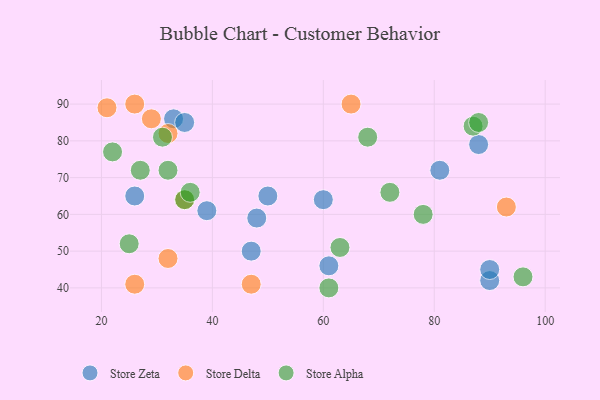
{"axis": {"x": "GDP", "y": "Life Expectancy"}, "legend": ["Store Alpha", "Store Delta", "Store Zeta"], "data": [{"x": "81", "y": 72, "type": "Store Zeta"}, {"x": "39", "y": 61, "type": "Store Zeta"}, {"x": "47", "y": 50, "type": "Store Zeta"}, {"x": "33", "y": 86, "type": "Store Zeta"}, {"x": "88", "y": 79, "type": "Store Zeta"}, {"x": "61", "y": 46, "type": "Store Zeta"}, {"x": "35", "y": 85, "type": "Store Zeta"}, {"x": "60", "y": 64, "type": "Store Zeta"}, {"x": "90", "y": 42, "type": "Store Zeta"}, {"x": "50", "y": 65, "type": "Store Zeta"}, {"x": "48", "y": 59, "type": "Store Zeta"}, {"x": "26", "y": 65, "type": "Store Zeta"}, {"x": "90", "y": 45, "type": "Store Zeta"}, {"x": "26", "y": 41, "type": "Store Delta"}, {"x": "21", "y": 89, "type": "Store Delta"}, {"x": "26", "y": 90, "type": "Store Delta"}, {"x": "32", "y": 48, "type": "Store Delta"}, {"x": "29", "y": 86, "type": "Store Delta"}, {"x": "47", "y": 41, "type": "Store Delta"}, {"x": "93", "y": 62, "type": "Store Delta"}, {"x": "35", "y": 64, "type": "Store Delta"}, {"x": "32", "y": 82, "type": "Store Delta"}, {"x": "65", "y": 90, "type": "Store Delta"}, {"x": "35", "y": 64, "type": "Store Alpha"}, {"x": "22", "y": 77, "type": "Store Alpha"}, {"x": "31", "y": 81, "type": "Store Alpha"}, {"x": "61", "y": 40, "type": "Store Alpha"}, {"x": "68", "y": 81, "type": "Store Alpha"}, {"x": "36", "y": 66, "type": "Store Alpha"}, {"x": "27", "y": 72, "type": "Store Alpha"}, {"x": "25", "y": 52, "type": "Store Alpha"}, {"x": "87", "y": 84, "type": "Store Alpha"}, {"x": "72", "y": 66, "type": "Store Alpha"}, {"x": "63", "y": 51, "type": "Store Alpha"}, {"x": "32", "y": 72, "type": "Store Alpha"}, {"x": "96", "y": 43, "type": "Store Alpha"}, {"x": "78", "y": 60, "type": "Store Alpha"}, {"x": "88", "y": 85, "type": "Store Alpha"}]}